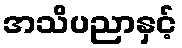
အသိပညာနှင့်